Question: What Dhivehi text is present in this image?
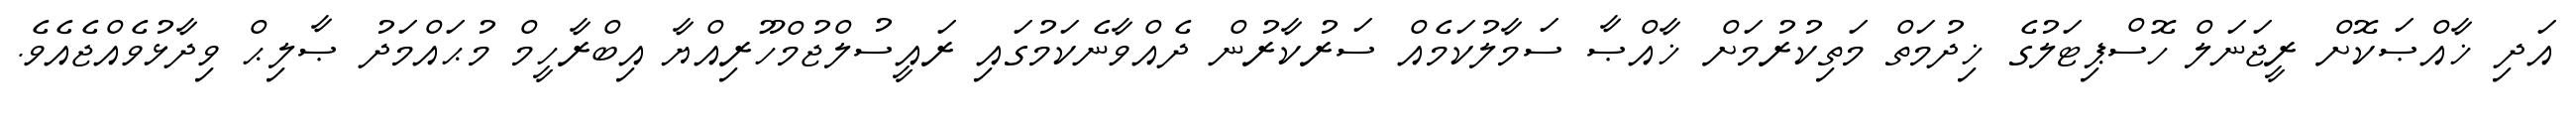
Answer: އަދި ޚާއްޞަކޮށް ރީޖަނަލް ހޮސްޕިޓަލުގެ ޚިދުމަތް މަތިކުރުމަށް ޚާއްޞާ ސަމާލުކަމެއް ސަރުކާރުން ދެއްވާނެކަމުގައި ރައީސުލްޖުމްހޫރިއްޔާ އިބްރާހީމް މުޙައްމަދު ޞާލިޙް ވިދާޅުވެއްޖެއެވެ.